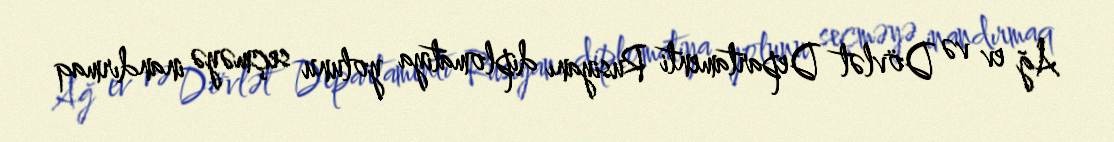
Ağ ev və Dövlət Departamenti Rusiyanı diplomatiya yolunu seçməyə inandırmaq